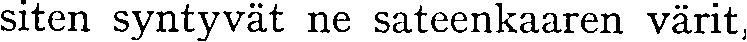
siten syntyvät ne sateenkaaren värit,